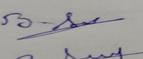
Signature authenticity: genuine